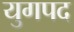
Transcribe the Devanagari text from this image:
युगपद